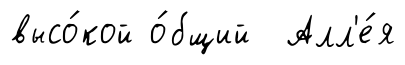
высо́кой о́бщий Алл'е́я